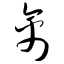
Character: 禽